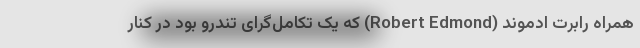
همراه رابرت ادموند (Robert Edmond) که یک تکامل‌گرای تندرو بود در کنار